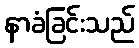
နာခံခြင်းသည်